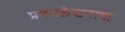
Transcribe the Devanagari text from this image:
प्रबंधलेखनाचा